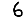
Digit: 6